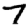
Digit: 7